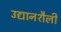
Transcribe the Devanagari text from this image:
उद्यानशैली